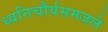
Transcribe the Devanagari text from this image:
ध्वनिचौर्यसमजले